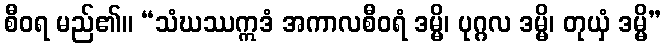
စီဝရ မည်၏။ “သံဃဿဣဒံ အကာလစီဝရံ ဒမ္မိ၊ ပုဂ္ဂလ ဒမ္မိ၊ တုယှံ ဒမ္မိ”